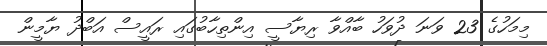
މިމަހުގެ 23 ވަނަ ދުވަހު ބާއްވާ ރިޔާސީ އިންތިހާބުގައި ރައީސް އަބްދު ޔާމީން